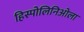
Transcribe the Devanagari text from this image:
हिस्पोलिनिओला